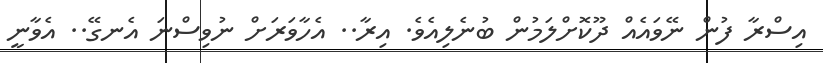
އިސްރާ ފުން ނޭވައެއް ދޫކޮށްލަމުން ބުނެލިއެވެ. އިރާ.. އެހާވަރަށް ނުވިސްނަ އެނގޭ.. އެވާނީ